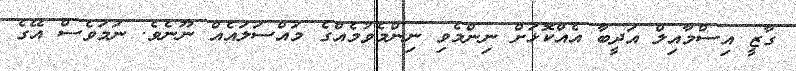
ގާޒީ އިސްމާއިލް އަދީބާ އެއްކޮޅަށް ނިންމެވި ނިންމެވުމެއްގެ މައްސަލައެއް ނޫނެވެ. ނަމަވެސް އޭގެ